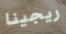
ريجينا